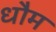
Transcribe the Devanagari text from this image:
धौम